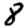
Digit: 8